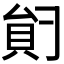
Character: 𰶺